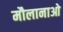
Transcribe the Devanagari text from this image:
मौलानाओ